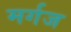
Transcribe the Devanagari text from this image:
मर्गज